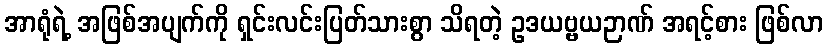
အာရုံရဲ့ အဖြစ်အပျက်ကို ရှင်းလင်းပြတ်သားစွာ သိရတဲ့ ဥဒယဗ္ဗယဉာဏ် အရင့်စား ဖြစ်လာ